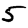
Digit: 5